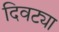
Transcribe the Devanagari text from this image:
दिवट्या